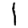
Digit: 1